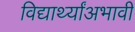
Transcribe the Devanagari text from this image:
विद्यार्थ्यांअभावी